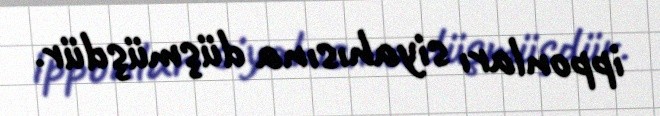
ipponları siyahısına düşmüşdür.